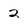
Character: 2